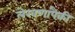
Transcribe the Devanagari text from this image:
लेखणांपैकी